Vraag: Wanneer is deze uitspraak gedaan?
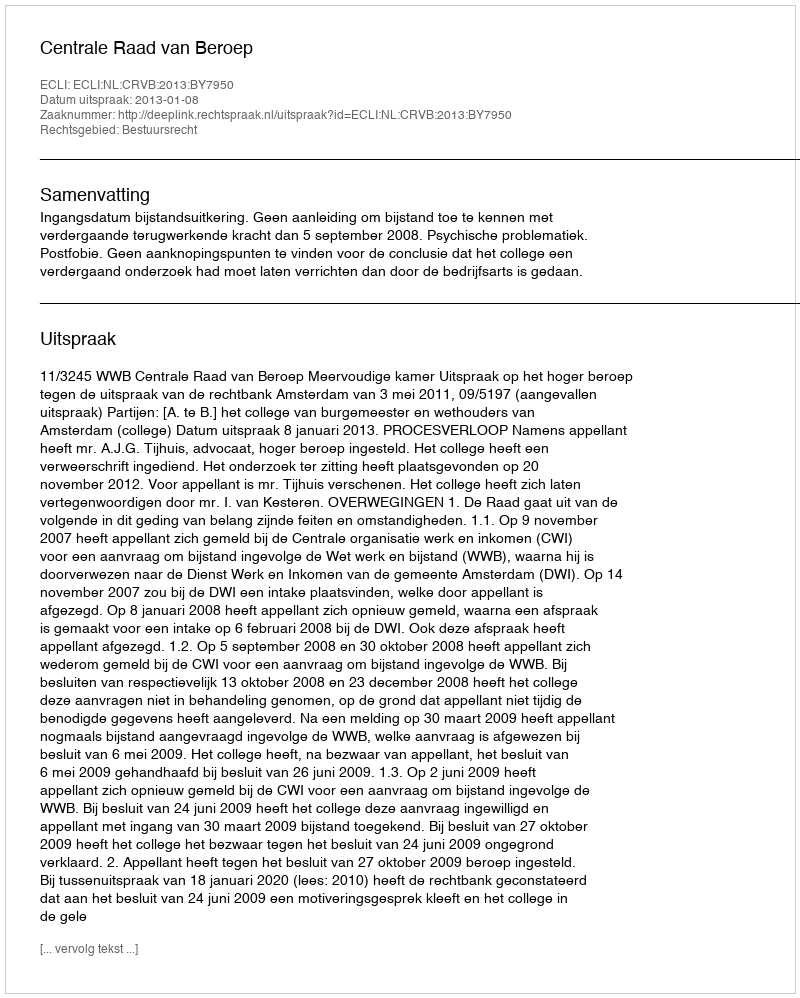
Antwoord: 2013-01-08